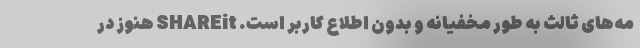
مه‌های ثالث به طور مخفیانه و بدون اطلاع کاربر است. SHAREit هنوز در